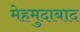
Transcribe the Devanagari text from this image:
मेहमुदाबाद